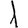
Digit: 1